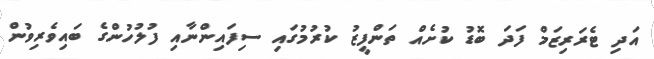
އަދި ޓެރަރިޒަމް ފަދަ ބޮޑު ކުށެއް ތަންފީޒު ކުރުމުގައި ސިފައިންނާއި ފުލުހުންގެ ބައިވެރިވުން